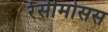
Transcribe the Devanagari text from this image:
रेसीमोसस